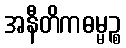
အနီတိကဓမ္မဉ္စ